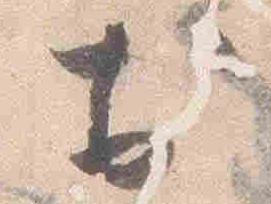
於